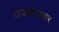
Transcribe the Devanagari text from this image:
रायखेलकर